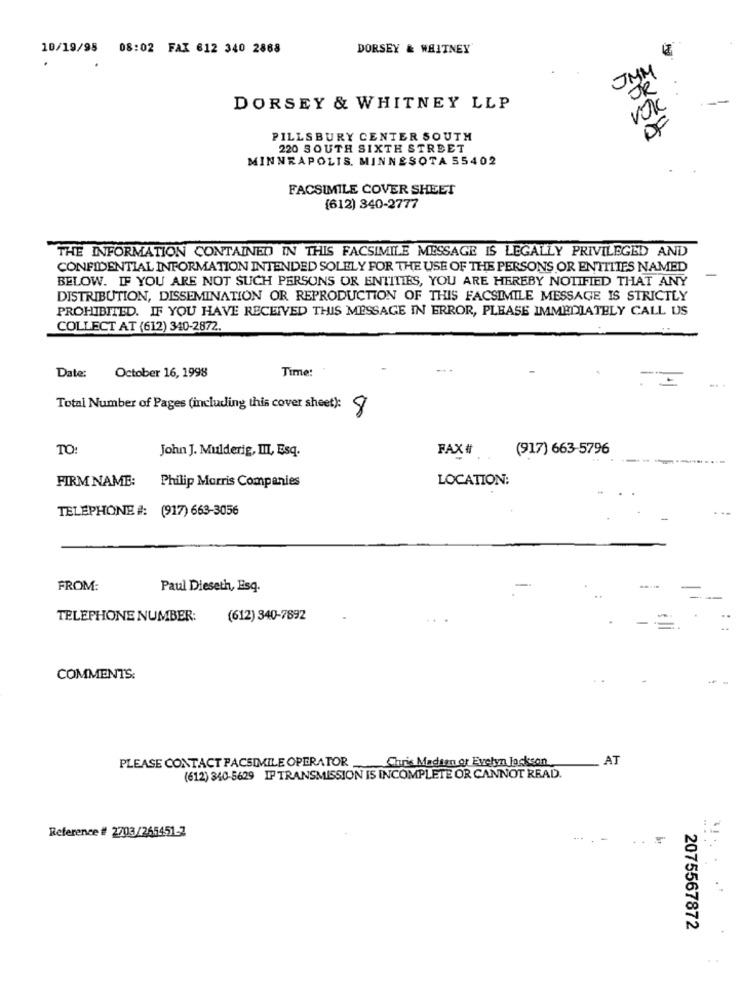
10/19/95 08:02 FAX 612 340 2868
DORSEY & WHITNEY
JMM
BR
DORSEY & WHITNEY LLP
PILLSBURY CENTER SOUTH
220 SOUTH SIXTH STREET
MINNEAPOLIS, MINNESOTA 55402
FACSIMILE COVER SHEET
(612) 340-2777
THE INFORMATION CONTAINED IN THIS FACSIMILE MESSAGE IS LEGALLY PRIVILEGED AND
CONFIDENTIAL INFORMATION INTENDED SOLELY FOR THE USE OF THE PERSONS OR ENTITIES NAMED
BELOW. IF YOU ARE NOT SUCH PERSONS OR ENTITIES, YOU ARE HEREBY NOTIFIED THAT ANY
-
DISTRIBUTION, DISSEMINATION OR REPRODUCTION OF THIS FACSIMILE MESSAGE IS STRICTLY
PROHIBITED. IF YOU HAVE RECEIVED THIS MESSAGE IN ERROR, PLEASE IMMEDIATELY CALL US
COLLECT AT (612) 340-2872.
Date:
October 16, 1998
Time:
Total Number of Pages (including this cover sheet): 8
TO:
John J. Mulderig, III, Esq.
(917) 663-5796
FAX#
FIRM NAME:
Philip Morris Companies
LOCATION:
TELEPHONE #: (917) 663-3056
FROM:
Paul Dieseth, Esq.
TELEPHONE NUMBER:
(612) 340-7892
COMMENTS:
Chris Madsen or Evelyn Jackson
_ AT
PLEASE CONTACT PACSIMILE OPERATOR
(612) 340-5629 IP TRANSMISSION IS INCOMPLETE OR CANNOT READ.
Reference # 2703/265451-2
...
2075567872